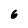
Character: 6